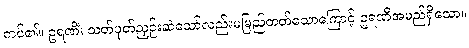
ကပ်၏။ ဥရဏိံ၊ သတ်ပုတ်ညှဉ်းဆဲသော်လည်းမမြည်တတ်သောကြောင့် ဥရဏီအမည်ရှိသော။